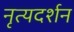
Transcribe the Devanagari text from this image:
नृत्यदर्शन